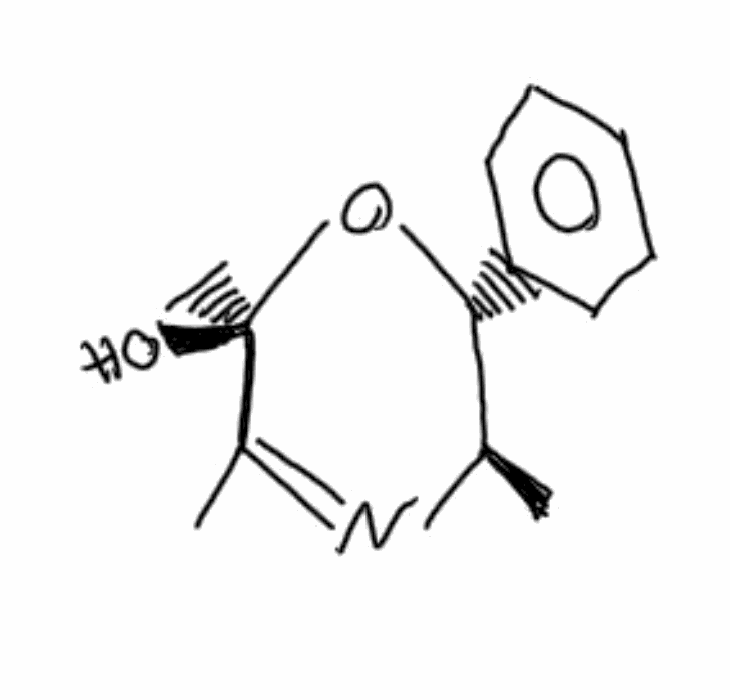
Simplified molecular-input line-entry system (SMILES) notation of the given molecule:
C[C@@H]1[C@H](O[C@](C(=N1)C)(C)O)C2=CC=CC=C2